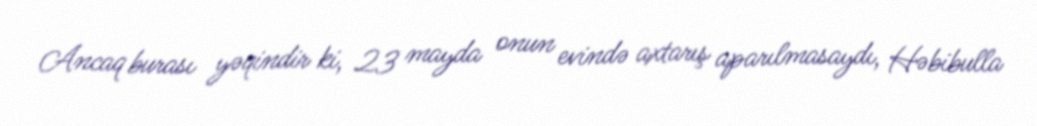
Ancaq burası yəqindir ki, 23 mayda onun evində axtarış aparılmasaydı, Həbibulla